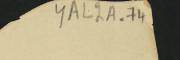
YAL2A-74